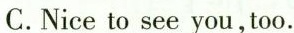
C.Nice to see you,too.